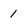
Character: 1